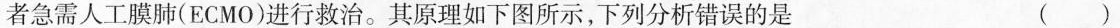
者急需人工膜肺（ECMO）进行救治。其原理如下图所示，下列分析错误的是(